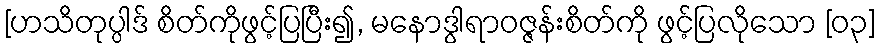
[ဟသိတုပ္ပါဒ် စိတ်ကိုဖွင့်ပြပြီး၍, မနောဒွါရာဝဇ္ဇန်းစိတ်ကို ဖွင့်ပြလိုသော [၀၃]